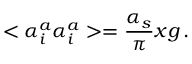
< \alpha _ { i } ^ { a } \alpha _ { i } ^ { a } > = \frac { \alpha _ { s } } { \pi } x g \, .